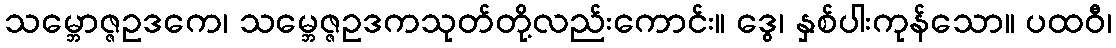
သမ္ဘောဇ္ဇဥဒကေ၊ သမ္ဘေဇ္ဇဥဒကသုတ်တို့လည်းကောင်း။ ဒွေ၊ နှစ်ပါးကုန်သော။ ပထဝီ၊